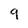
Character: 9